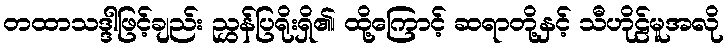
တထာသဒ္ဒါဖြင့်ချည်း ညွှန်ပြရိုးရှိ၏၊ ထို့ကြောင့် ဆရာတို့နှင့် သီဟိုဠ်မူအလို